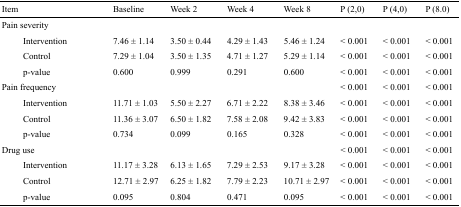
<table><thead><tr><td><b>Item</b></td><td><b>Baseline</b></td><td><b>Week 2</b></td><td><b>Week 4</b></td><td><b>Week 8</b></td><td><b>P (2,0)</b></td><td><b>P (4,0)</b></td><td><b>P (8.0)</b></td></tr></thead><tbody><tr><td>Pain severity</td><td></td><td></td><td></td><td></td><td></td><td></td><td></td></tr><tr><td>Intervention</td><td>7.46 ± 1.14</td><td>3.50 ± 0.44</td><td>4.29 ± 1.43</td><td>5.46 ± 1.24</td><td>&lt; 0.001</td><td>&lt; 0.001</td><td>&lt; 0.001</td></tr><tr><td>Control</td><td>7.29 ± 1.04</td><td>3.50 ± 1.35</td><td>4.71 ± 1.27</td><td>5.29 ± 1.14</td><td>&lt; 0.001</td><td>&lt; 0.001</td><td>&lt; 0.001</td></tr><tr><td>p-value</td><td>0.600</td><td>0.999</td><td>0.291</td><td>0.600</td><td>&lt; 0.001</td><td>&lt; 0.001</td><td>&lt; 0.001</td></tr><tr><td>Pain frequency</td><td></td><td></td><td></td><td></td><td>&lt; 0.001</td><td>&lt; 0.001</td><td>&lt; 0.001</td></tr><tr><td>Intervention</td><td>11.71 ± 1.03</td><td>5.50 ± 2.27</td><td>6.71 ± 2.22</td><td>8.38 ± 3.46</td><td>&lt; 0.001</td><td>&lt; 0.001</td><td>&lt; 0.001</td></tr><tr><td>Control</td><td>11.36 ± 3.07</td><td>6.50 ± 1.82</td><td>7.58 ± 2.08</td><td>9.42 ± 3.83</td><td>&lt; 0.001</td><td>&lt; 0.001</td><td>&lt; 0.001</td></tr><tr><td>p-value</td><td>0.734</td><td>0.099</td><td>0.165</td><td>0.328</td><td>&lt; 0.001</td><td>&lt; 0.001</td><td>&lt; 0.001</td></tr><tr><td>Drug use</td><td></td><td></td><td></td><td></td><td>&lt; 0.001</td><td>&lt; 0.001</td><td>&lt; 0.001</td></tr><tr><td>Intervention</td><td>11.17 ± 3.28</td><td>6.13 ± 1.65</td><td>7.29 ± 2.53</td><td>9.17 ± 3.28</td><td>&lt; 0.001</td><td>&lt; 0.001</td><td>&lt; 0.001</td></tr><tr><td>Control</td><td>12.71 ± 2.97</td><td>6.25 ± 1.82</td><td>7.79 ± 2.23</td><td>10.71 ± 2.97</td><td>&lt; 0.001</td><td>&lt; 0.001</td><td>&lt; 0.001</td></tr><tr><td>p-value</td><td>0.095</td><td>0.804</td><td>0.471</td><td>0.095</td><td>&lt; 0.001</td><td>&lt; 0.001</td><td>&lt; 0.001</td></tr></tbody></table>